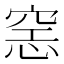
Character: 𰩍